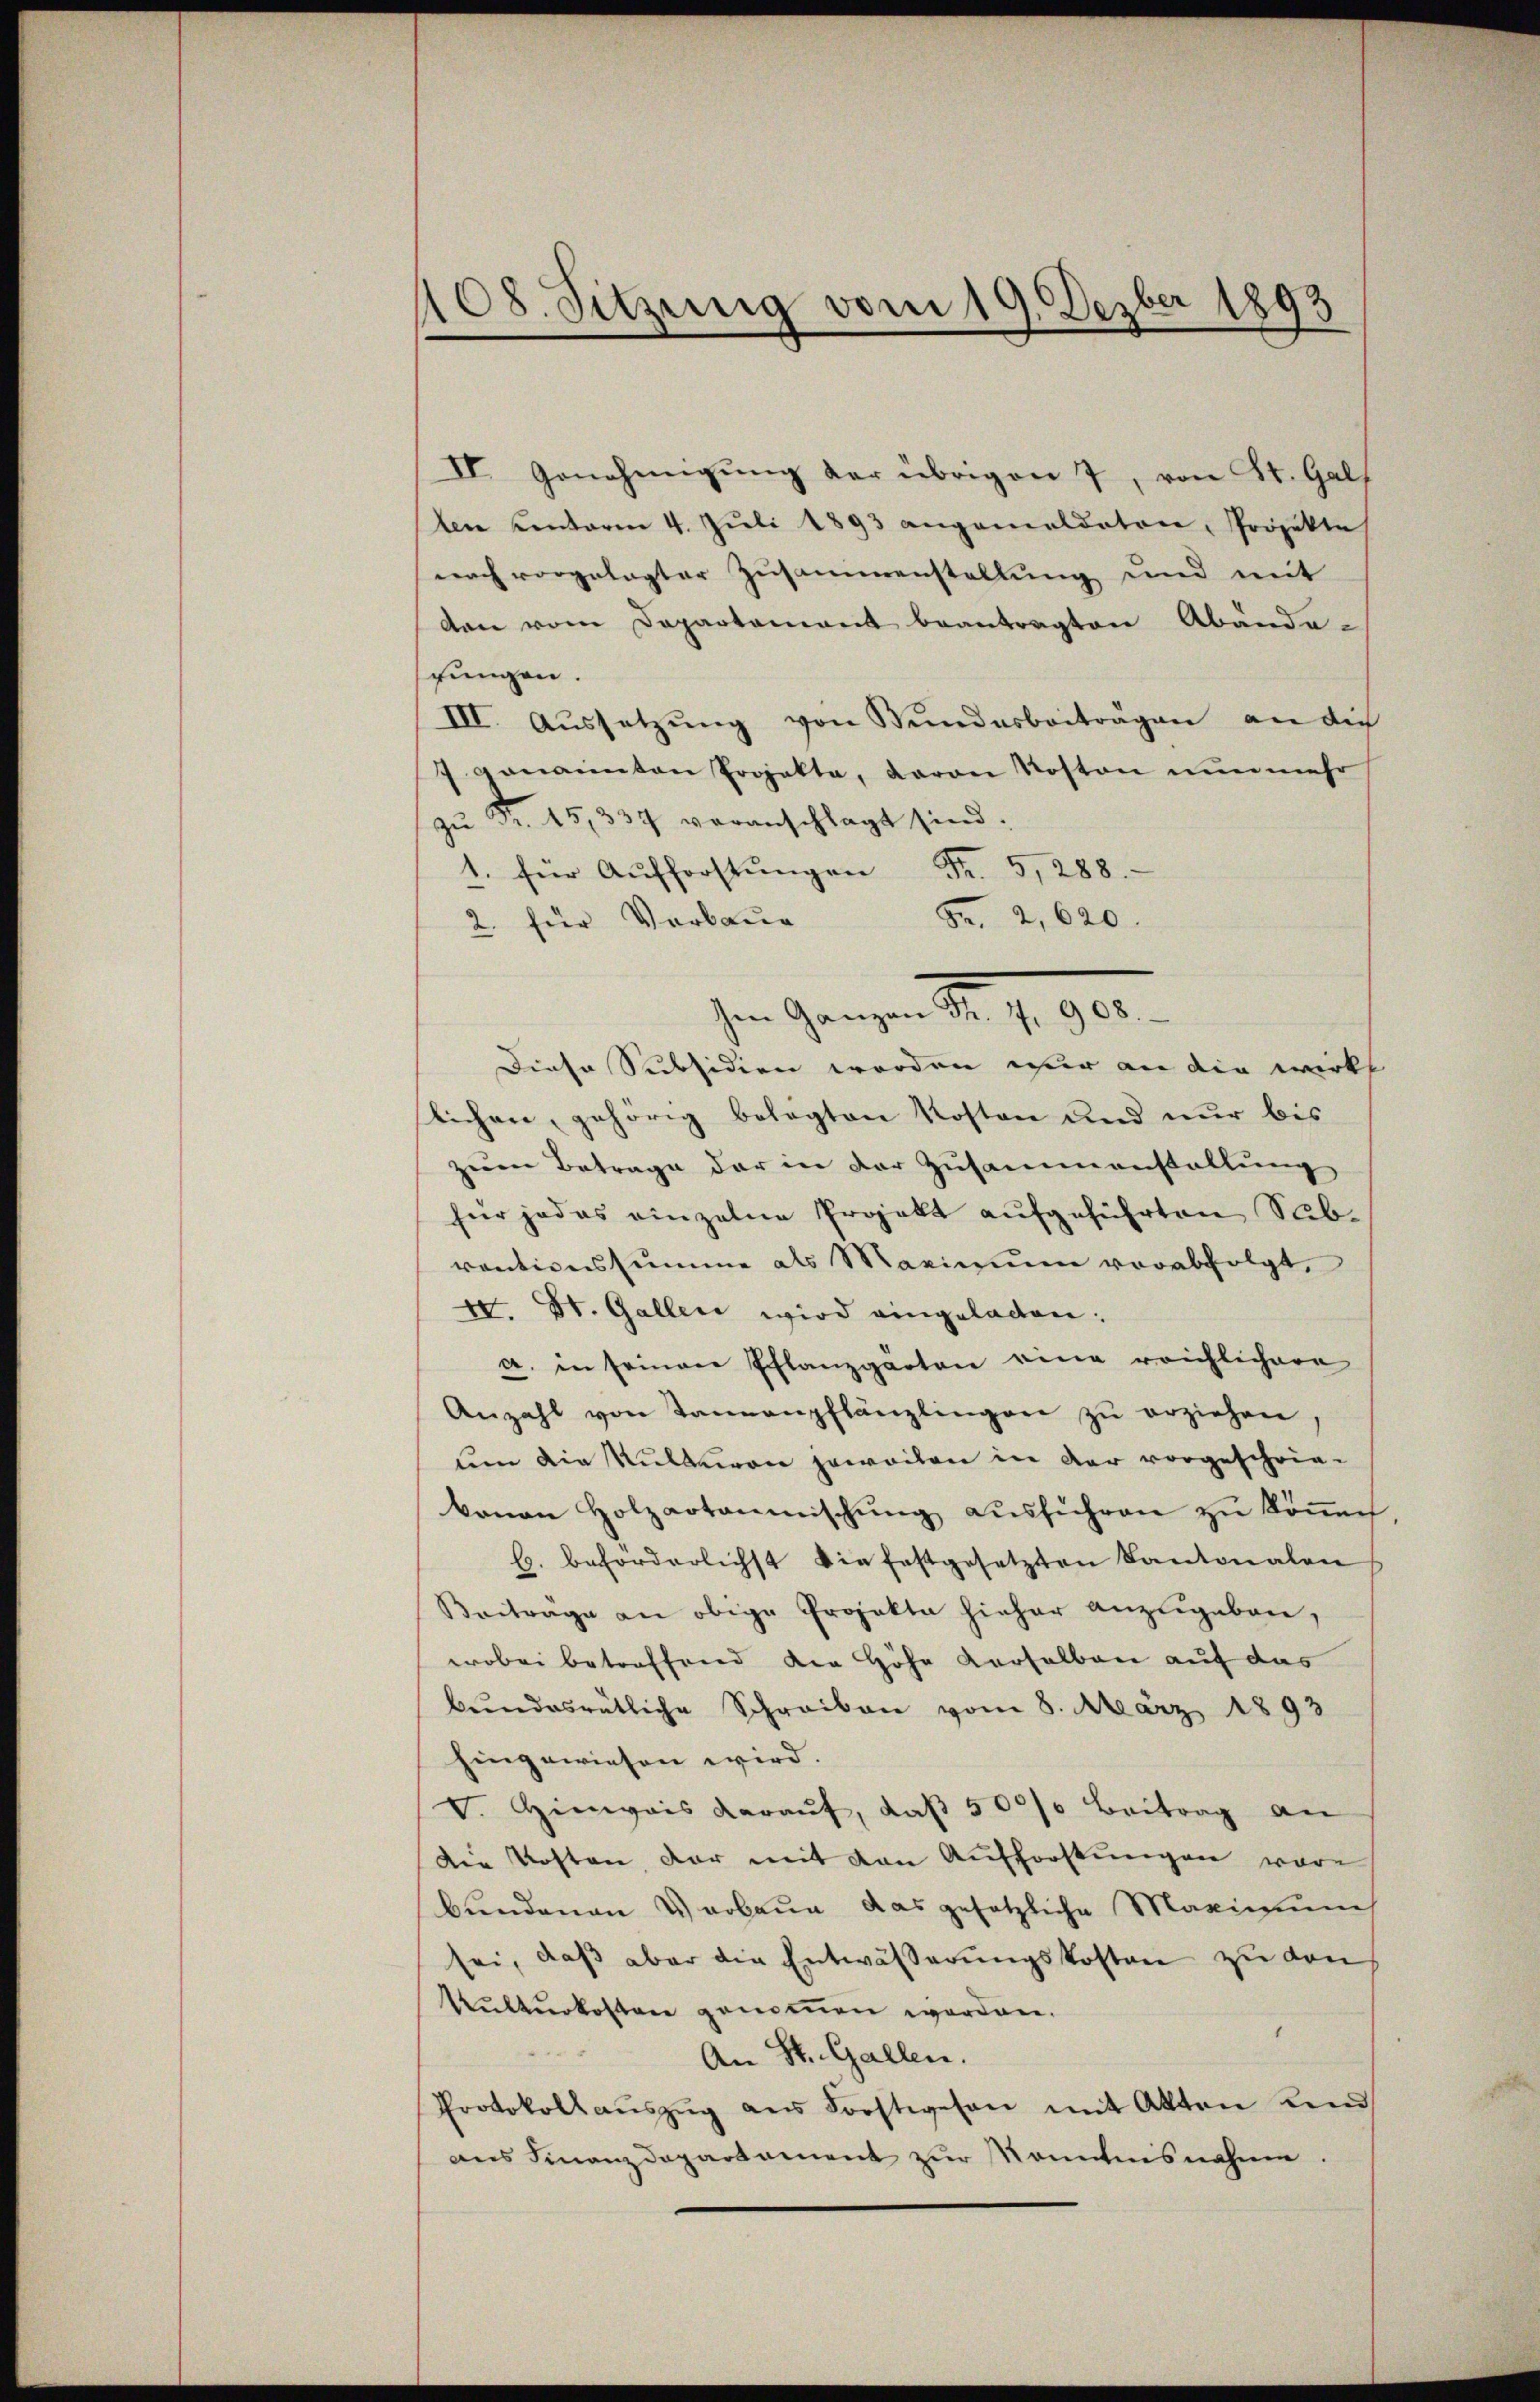
108. Sitzung vom 19. Dezber 1893

II. Genehmigŭng der übrigen 7, von St. Galf
len Contoren 4. Jŭli 1893 angemeldeten, Projekte
nach vorgelegter Zusammenstellung und mit
ten vom Departamant beantragten Abänderungen.
III. Aussetzŭng von Sundesbeiträgen an die
7 genannten Projekte, Baron Roston nunmehr
Fr. 15,337 veranschlagt sind.
1. für Aŭfforstŭngen Fr. 5, 288.
Fr. 2, 620.
2. für Verbaue
Diese Subsidien werden wir an die wirkl
lichen, gehörig belegten Kosten und nur bis
zum Betrage der in der Zusammenstallung
für jedes einzelne Projekt aufgeführten Subventionssumme als Maximum verabfolgt,
40. Dr. Gallen wird eingeladen.
a. in seinen Pflanzgärten eine reichlichere
Anzahl von Tannenpflänzlingen zŭ erziehen,
um die Kultuon jeweilen in der vorgeschriekanon Holzartannischŭng aŭsführen zŭ köṅen
E. beforderlichst die festgesetzten Kantonalen
Beitrage an obige Projekte hieher anzugeben,
wobei betreffend die Höhe derselben auf das
brundesrätliche Schreiben vom 8. März 1893
hingewiesen wird.
V. Hinweis daraŭf, daβ 500/0 Beitrag an
die Kosten, dar mit von Aufforstungen wäre
bundenen Verbaue das gesetzliche Maximum
sei, daß aber die Entwässerungskosten zu von
Kulturkosten genommen worden.
An St. Gallen.
Protokoll aŭszŭg ans Forstwesen mit Akten und
ans Finanzdepartement zur Kenntnisnahme.

hem Ganzen Fr. 1. 900.